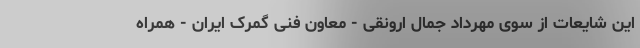
این شایعات از سوی مهرداد جمال ارونقی - معاون فنی گمرک ایران - همراه